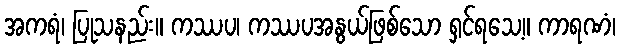
အကရံ၊ ပြုသနည်း။ ကဿပ၊ ကဿပအနွယ်ဖြစ်သော ရှင်ရသေ့။ ကာရဏံ၊